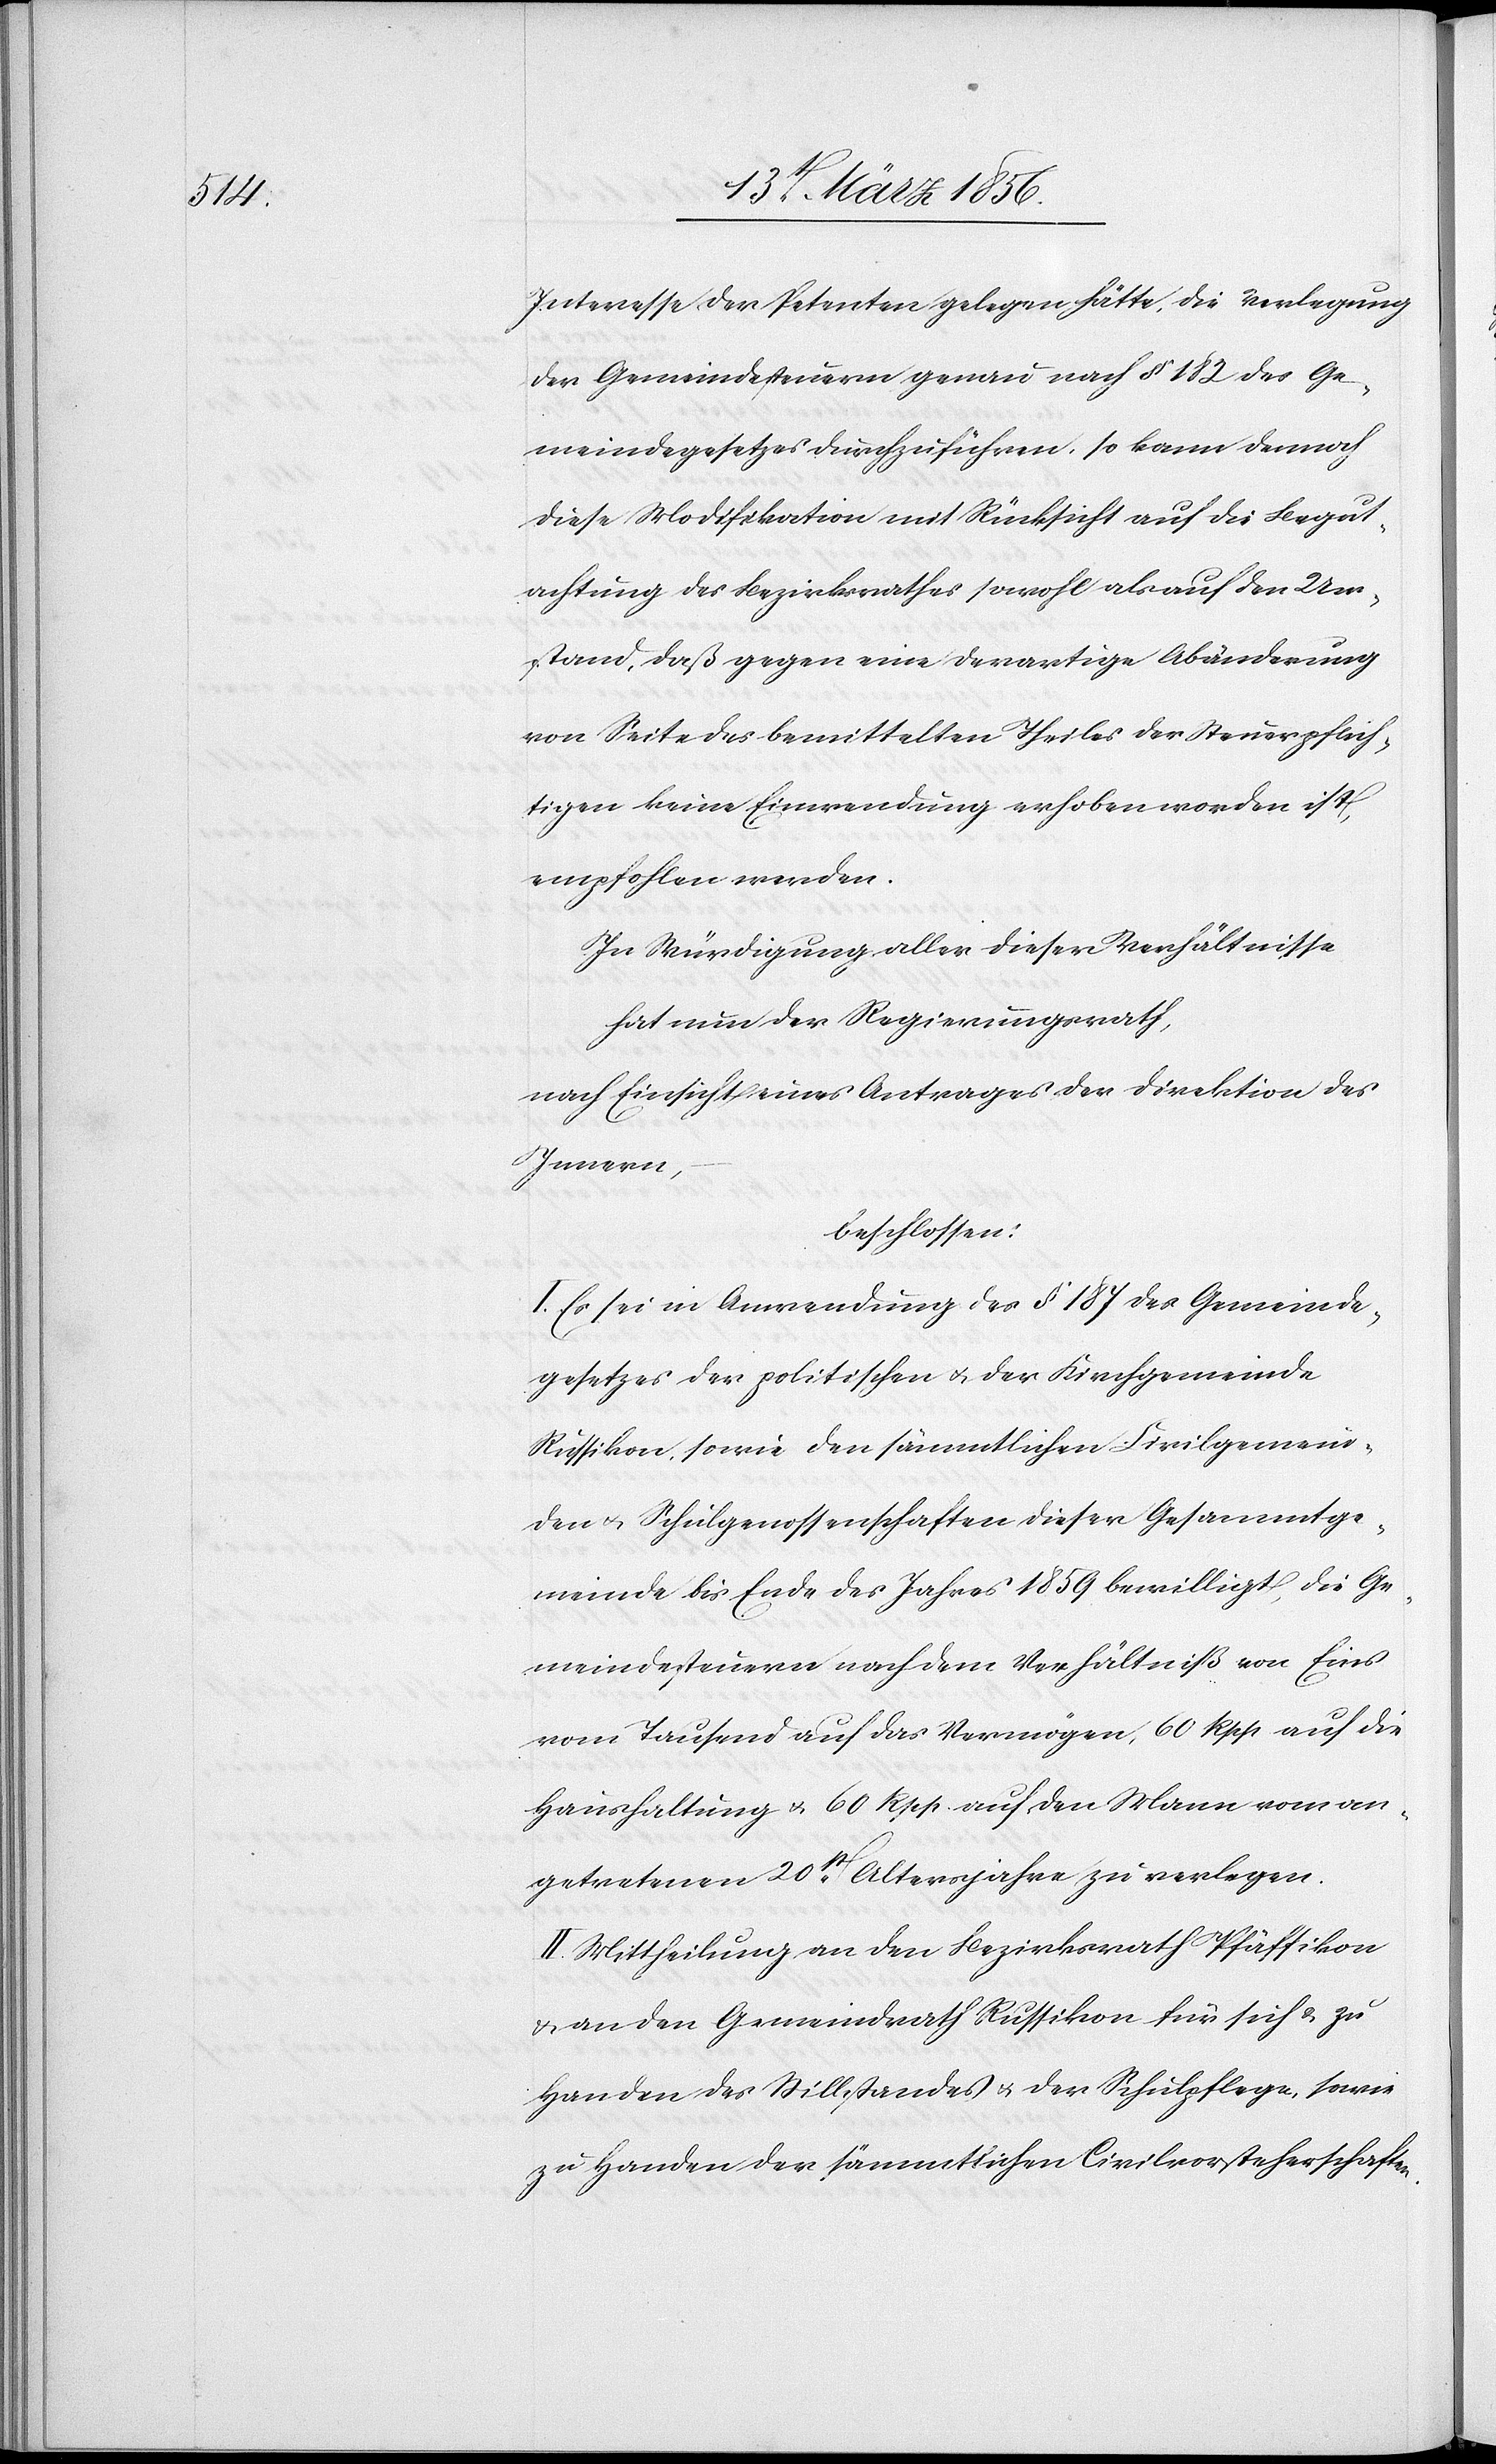
Interesse der Petenten gelegen hätte, die Verlegung
der Gemeindesteuern genau nach § 182 des Ge¬
meindegesetzes durchzuführen, so kann demnach
diese Modifikation mit Rücksicht auf die Begut¬
achtung des Bezirksrathes sowohl als auf den Um¬
stand, daß gegen eine derartige Abänderung
von Seite des bemittelten Theiles der Steuerpflich¬
tigen keine Einwendung erhoben worden ist,
empfohlen werden.
In Würdigung aller dieser Verhältnisse
hat nun der Regierungsrath,
nach Einsicht eines Antrages der Direktion des
Innern,
beschlossen:
I. Es sei in Anwendung des § 182 des Gemeinde¬
gesetzes der politischen u. der Kirchgemeinde
Russikon, sowie den sämmtlichen Civilgemein¬
den u. Schulgenossenschaften dieser Gesammtge¬
meinde bis Ende des Jahres 1859 bewilligt, die Ge¬
meindesteuern nach dem Verhältniß von Eins
vom Tausend auf das Vermögen, 60 Rpp auf die
Haushaltung u. 60 Rpp. auf den Mann vom an¬
getretenen 20st Altersjahre zu verlegen.
II. Mittheilung an den Bezirksrath Pfäffikon
& an den Gemeindrath Russikon für sich & zu
Handen des Stillstandes & der Schulpflege, sowie
zu Handen der sämmtlichen Civilvorsteherschaften.